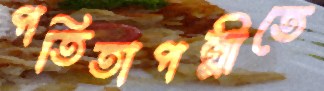
পতিতাপল্লীতে